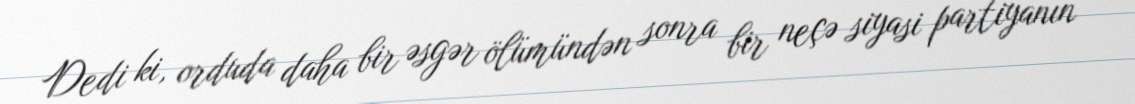
Dedi ki, orduda daha bir əsgər ölümündən sonra bir neçə siyasi partiyanın